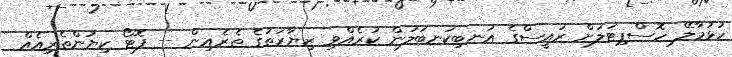
ހުޅުމާލޭ ހޮސްޕިޓަލަށް ރައީސްގެ އަނބިކަނބަލުން ކުރެއްވި ޒިޔާރަތުގެ ތެރެއިން -- ފޮޓޯ ކިޔުންތެރިއެއް